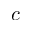
c